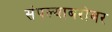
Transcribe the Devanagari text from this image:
संपल्याबरोबर